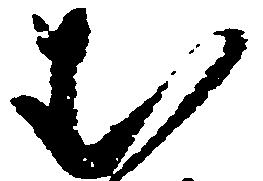
む